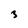
Character: 3